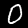
Digit: 0